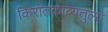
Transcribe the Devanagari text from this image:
किरातकाव्यतुल्य